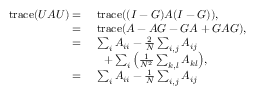
\begin{array} { r l } { \mathrm { t r a c e } ( U A U ) = } & { \ \mathrm { t r a c e } ( ( I - G ) A ( I - G ) ) , } \\ { = } & { \ \mathrm { t r a c e } ( A - A G - G A + G A G ) , } \\ { = } & { \ \sum _ { i } { A _ { i i } } - \frac { 2 } { N } \sum _ { i , j } { A _ { i j } } } \\ & { \ \ \ + \sum _ { i } { \left( \frac { 1 } { N ^ { 2 } } \sum _ { k , l } { A _ { k l } } \right) } , } \\ { = } & { \ \sum _ { i } { A _ { i i } } - \frac { 1 } { N } \sum _ { i , j } { A _ { i j } } } \end{array}